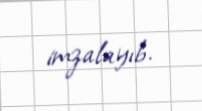
imzalayıb.